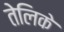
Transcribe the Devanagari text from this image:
तेलिके